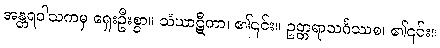
အန္တရဝါသကမှ ရှေးဦးစွာ။ သံဃာဋီကာ၊ ၏၎င်း။ ဥတ္တရာသင်္ဂဿစ၊ ၏၎င်း။